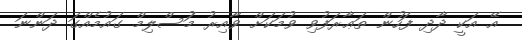
އޭ އަކީ ދާދި ފަހުން ތަޢާރަފުވި ވުމަކަށް ވާއިރު މުަސްލިމް ގައުމެއްގަ ދަންނަ